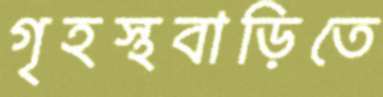
গৃহস্থবাড়িতে